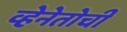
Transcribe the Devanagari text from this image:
व्हेनेतोची